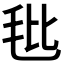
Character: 𰚎